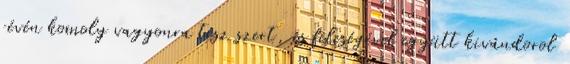
révén komoly vagyonra tesz szert, és feleségével együtt kivándorol